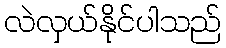
လဲလှယ်နိုင်ပါသည်